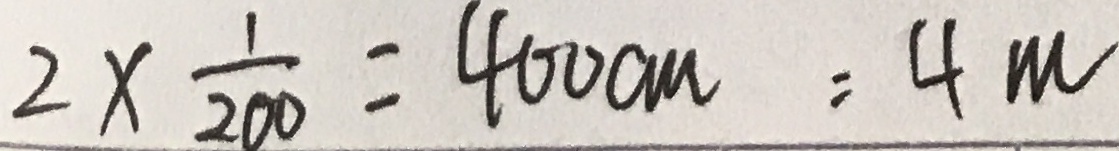
2 \times \frac { 1 } { 2 0 0 } = 4 0 0 c m = 4 m